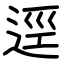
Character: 逕